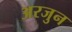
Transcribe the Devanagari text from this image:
अरजुन